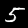
Label: 5